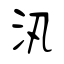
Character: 汛